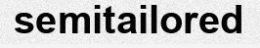
semitailored